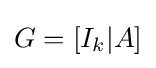
G=[I_{k}|A]